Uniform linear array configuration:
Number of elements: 8
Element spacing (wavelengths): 0.25
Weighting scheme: uniform
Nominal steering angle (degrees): -60
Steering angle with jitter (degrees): -59.36
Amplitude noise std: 0.05
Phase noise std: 0.05

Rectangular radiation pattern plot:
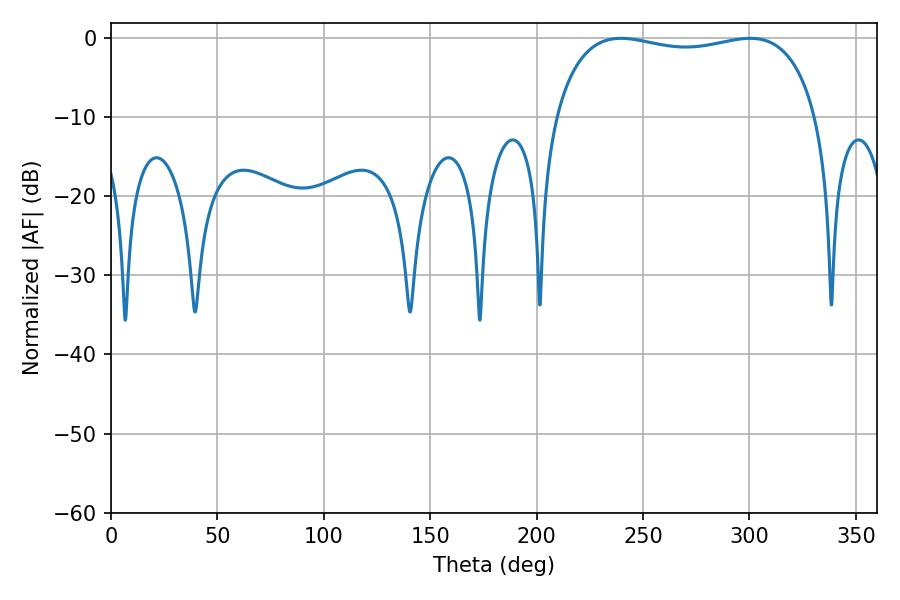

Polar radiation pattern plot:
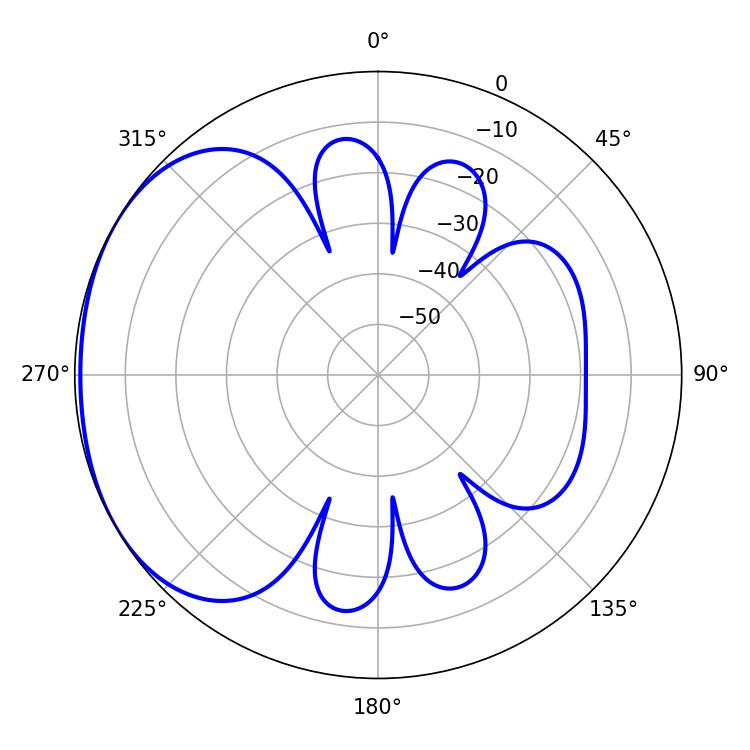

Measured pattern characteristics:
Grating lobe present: FALSE
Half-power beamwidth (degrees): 100.08
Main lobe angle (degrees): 239.58